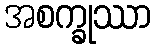
အစက္ခုဿာ